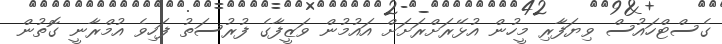
ގެސްޓްހައުސް ވިޔަފާރި މީހުން އުޅޭރަށްރަށަށް އައުމުން ވަޒީފާގެ ފުރުސަތު ފަހިވެ އުމްރާނީ ގޮތުން